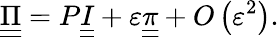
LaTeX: \underline{{\underline{{\Pi}}}}=P\underline{{\underline{{I}}}}+\varepsilon\underline{{\underline{{\pi}}}}+O\left(\varepsilon^{2}\right).